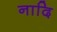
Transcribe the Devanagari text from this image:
नादि